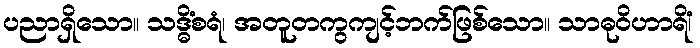
ပညာရှိသော။ သဒ္ဓိံစရံ၊ အတူတကွကျင့်ဘက်ဖြစ်သော။ သာဓုဝိဟာရိံ၊